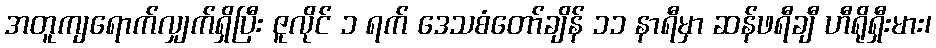
အတူကျရောက်လျှက်ရှိပြီး ဇူလိုင် ၁ ရက် ဒေသစံတော်ချိန် ၁၁ နာရီမှာ ဆန်ဖရီချီ ဟီရိုရှီးမား၊